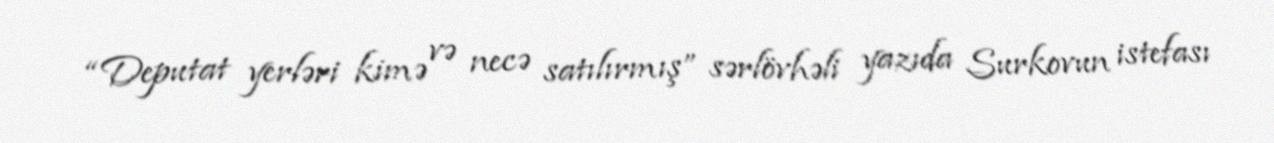
“Deputat yerləri kimə və necə satılırmış” sərlövhəli yazıda Surkovun istefası